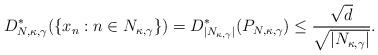
LaTeX: \begin{align*} D_{N,\kappa,\gamma}^*(\{x_n:n\in N_{\kappa,\gamma}\})=D_{|N_{\kappa,\gamma}|}^*(P_{N,\kappa,\gamma})\leq \frac{\sqrt{d}}{\sqrt{|N_{\kappa,\gamma}|}}. \end{align*}